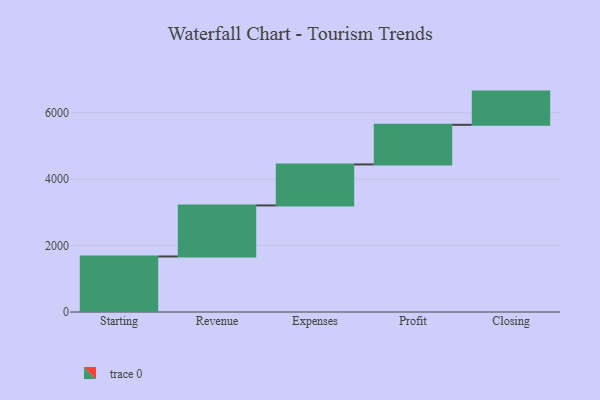
{"axis": {"x": "Step", "y": "Value"}, "legend": [""], "data": [{"x": "Starting", "y": 1672.0, "type": ""}, {"x": "Revenue", "y": 1537.0, "type": ""}, {"x": "Expenses", "y": 1234.0, "type": ""}, {"x": "Profit", "y": 1193.0, "type": ""}, {"x": "Closing", "y": 1000, "type": ""}]}